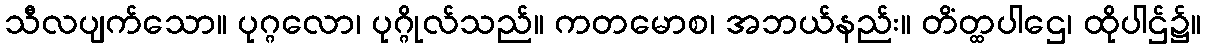
သီလပျက်သော။ ပုဂ္ဂလော၊ ပုဂ္ဂိုလ်သည်။ ကတမောစ၊ အဘယ်နည်း။ တိံတ္ထပါဌေ၊ ထိုပါဌ်၌။